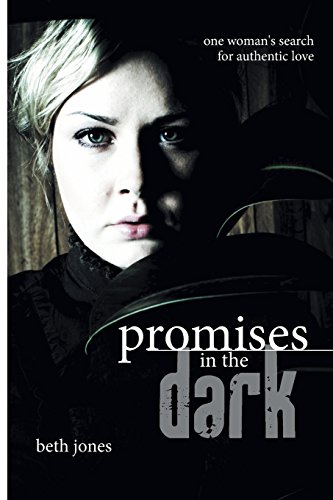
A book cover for Promises in the Dark; Beth Jones; Parenting & Relationships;